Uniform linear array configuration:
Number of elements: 4
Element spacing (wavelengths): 0.75
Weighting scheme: binomial
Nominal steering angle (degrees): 30
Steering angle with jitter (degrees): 31.75
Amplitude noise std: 0.05
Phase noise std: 0.05

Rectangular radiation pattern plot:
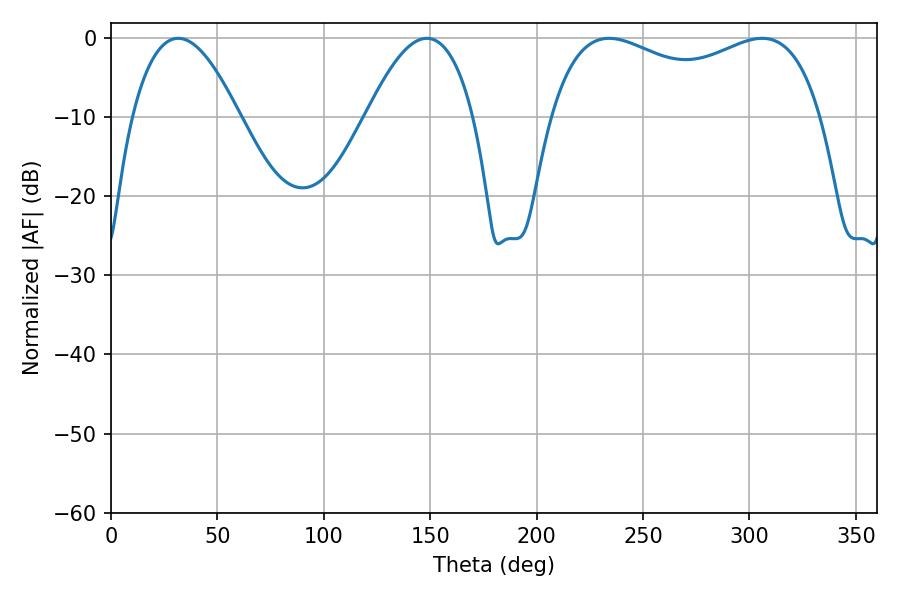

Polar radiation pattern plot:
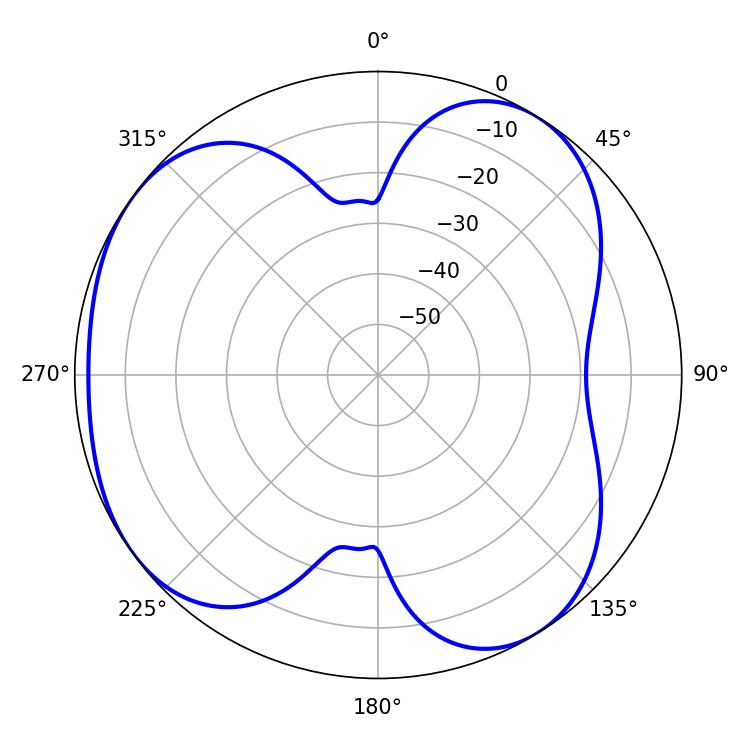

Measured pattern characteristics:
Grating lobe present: TRUE
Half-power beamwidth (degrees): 105.12
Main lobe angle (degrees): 234